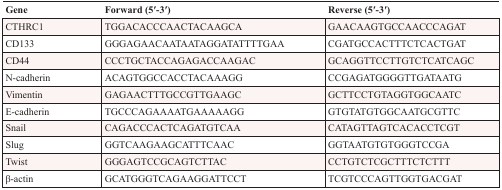
| Gene | Forward (5′-3′) | Reverse (5′-3′) |
 | --- | --- | --- |
 | CTHRC1 | TGGACACCCAACTACAAGCA | GAACAAGTGCCAACCCAGAT |
 | CD133 | GGGAGAACAATAATAGGATATTTTGAA | CGATGCCACTTTCTCACTGAT |
 | CD44 | CCCTGCTACCAGAGACCAAGAC | GCAGGTTCCTTGTCTCATCAGC |
 | N-cadherin | ACAGTGGCCACCTACAAAGG | CCGAGATGGGGTTGATAATG |
 | Vimentin | GAGAACTTTGCCGTTGAAGC | GCTTCCTGTAGGTGGCAATC |
 | E-cadherin | TGCCCAGAAAATGAAAAAGG | GTGTATGTGGCAATGCGTTC |
 | Snail | CAGACCCACTCAGATGTCAA | CATAGTTAGTCACACCTCGT |
 | Slug | GGTCAAGAAGCATTTCAAC | GGTAATGTGTGGGTCCGA |
 | Twist | GGGAGTCCGCAGTCTTAC | CCTGTCTCGCTTTCTCTTT |
 | β-actin | GCATGGGTCAGAAGGATTCCT | TCGTCCCAGTTGGTGACGAT |